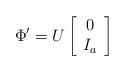
LaTeX: \begin{align*}\Phi'=U\left[\begin{array}{c} 0\\I_{a} \end{array}\right]\end{align*}